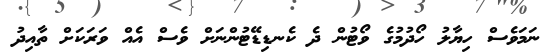
ނަމަވެސް ހިޔާލު ހޯދުމުގެ ވޯޓުން ދެ ކެނޑިޑޭޓުންނަށް ވެސް އެއް ވަރަކަށް ތާއިދު